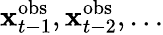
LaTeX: {\mathbf x}_{t-1}^{\mathrm{obs}},{\mathbf x}_{t-2}^{\mathrm{obs}},\dots